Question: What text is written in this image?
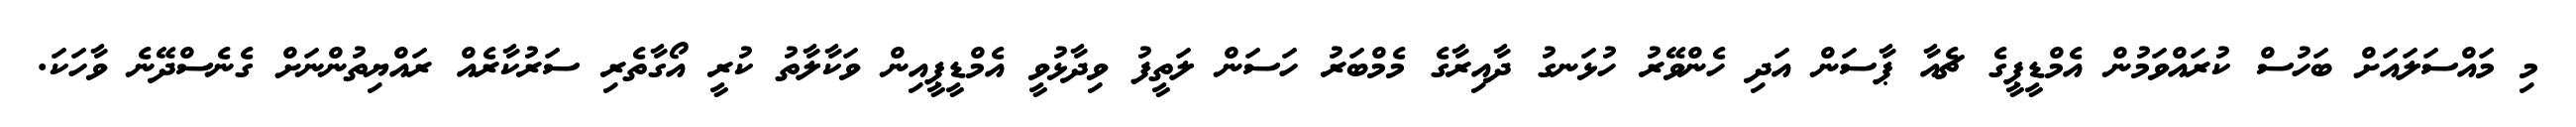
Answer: މި މައްސަލައަށް ބަހުސް ކުރައްވަމުން އެމްޑީޕީގެ ޗެއާ ޕާސަން އަދި ހެންވޭރު ހުޅަނގު ދާއިރާގެ މެމްބަރު ހަސަން ލަތީފު ވިދާޅުވީ އެމްޑީޕީއިން ވަކާލާތު ކުރީ އޯގާތެރި ސަރުކާރެއް ރައްޔިތުންނަށް ގެނެސްދޭނެ ވާހަކަ.